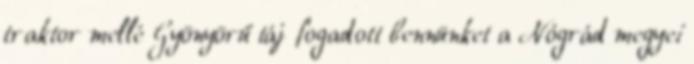
traktor mellé Gyönyörű táj fogadott bennünket a Nógrád megyei